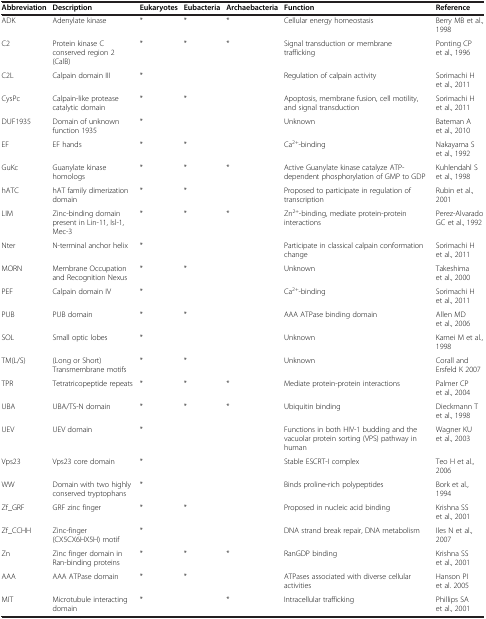
<table><thead><tr><td><b>Abbreviation</b></td><td><b>Description</b></td><td><b>Eukaryotes</b></td><td><b>Eubacteria</b></td><td><b>Archaebacteria</b></td><td><b>Function</b></td><td><b>Reference</b></td></tr></thead><tbody><tr><td>ADK</td><td>Adenylate kinase</td><td>*</td><td>*</td><td>*</td><td>Cellular energy homeostasis</td><td>Berry MB et al., 1998</td></tr><tr><td>C2</td><td>Protein kinase C conserved region 2 (CalB)</td><td>*</td><td>*</td><td>*</td><td>Signal transduction or membrane trafficking</td><td>Ponting CP et al., 1996</td></tr><tr><td>C2L</td><td>Calpain domain III</td><td>*</td><td> </td><td> </td><td>Regulation of calpain activity</td><td>Sorimachi H et al., 2011</td></tr><tr><td>CysPc</td><td>Calpain-like protease catalytic domain</td><td>*</td><td>*</td><td> </td><td>Apoptosis, membrane fusion, cell motility, and signal transduction</td><td>Sorimachi H et al., 2011</td></tr><tr><td>DUF1935</td><td>Domain of unknown function 1935</td><td>*</td><td> </td><td> </td><td>Unknown</td><td>Bateman A et al., 2010</td></tr><tr><td>EF</td><td>EF hands</td><td>*</td><td>*</td><td> </td><td>Ca<sup>2+</sup>-binding</td><td>Nakayama S et al., 1992</td></tr><tr><td>GuKc</td><td>Guanylate kinase homologs</td><td>*</td><td>*</td><td>*</td><td>Active Guanylate kinase catalyze ATP-dependent phosphorylation of GMP to GDP</td><td>Kuhlendahl S et al., 1998</td></tr><tr><td>hATC</td><td>hAT family dimerization domain</td><td>*</td><td>*</td><td> </td><td>Proposed to participate in regulation of transcription</td><td>Rubin et al., 2001</td></tr><tr><td>LIM</td><td>Zinc-binding domain present in Lin-11, Isl-1, Mec-3</td><td>*</td><td>*</td><td>*</td><td>Zn<sup>2+</sup>-binding, mediate protein-protein interactions</td><td>Perez-Alvarado GC et al., 1992</td></tr><tr><td>Nter</td><td>N-terminal anchor helix</td><td>*</td><td> </td><td> </td><td>Participate in classical calpain conformation change</td><td>Sorimachi H et al., 2011</td></tr><tr><td>MORN</td><td>Membrane Occupation and Recognition Nexus</td><td>*</td><td>*</td><td> </td><td>Unknown</td><td>Takeshima et al., 2000</td></tr><tr><td>PEF</td><td>Calpain domain IV</td><td>*</td><td> </td><td> </td><td>Ca<sup>2+</sup>-binding</td><td>Sorimachi H et al., 2011</td></tr><tr><td>PUB</td><td>PUB domain</td><td>*</td><td>*</td><td> </td><td>AAA ATPase binding domain</td><td>Allen MD et al., 2006</td></tr><tr><td>SOL</td><td>Small optic lobes</td><td>*</td><td> </td><td> </td><td>Unknown</td><td>Kamei M et al., 1998</td></tr><tr><td>TM(L/S)</td><td>(Long or Short) Transmembrane motifs</td><td>*</td><td>*</td><td> </td><td>Unknown</td><td>Corall and Ersfeld K 2007</td></tr><tr><td>TPR</td><td>Tetratricopeptide repeats</td><td>*</td><td>*</td><td>*</td><td>Mediate protein-protein interactions</td><td>Palmer CP et al., 2004</td></tr><tr><td>UBA</td><td>UBA/TS-N domain</td><td>*</td><td>*</td><td>*</td><td>Ubiquitin binding</td><td>Dieckmann T et al., 1998</td></tr><tr><td>UEV</td><td>UEV domain</td><td>*</td><td> </td><td> </td><td>Functions in both HIV-1 budding and the vacuolar protein sorting (VPS) pathway in human</td><td>Wagner KU et al., 2003</td></tr><tr><td>Vps23</td><td>Vps23 core domain</td><td>*</td><td> </td><td> </td><td>Stable ESCRT-I complex</td><td>Teo H et al., 2006</td></tr><tr><td>WW</td><td>Domain with two highly conserved tryptophans</td><td>*</td><td> </td><td> </td><td>Binds proline-rich polypeptides</td><td>Bork et al., 1994</td></tr><tr><td>Zf_GRF</td><td>GRF zinc finger</td><td>*</td><td>*</td><td> </td><td>Proposed in nucleic acid binding</td><td>Krishna SS et al., 2001</td></tr><tr><td>Zf_CCHH</td><td>Zinc-finger (CX5CX6HX5H) motif</td><td>*</td><td> </td><td> </td><td>DNA strand break repair, DNA metabolism</td><td>Iles N et al., 2007</td></tr><tr><td>Zn</td><td>Zinc finger domain in Ran-binding proteins</td><td>*</td><td>*</td><td>*</td><td>RanGDP binding</td><td>Krishna SS et al., 2001</td></tr><tr><td>AAA</td><td>AAA ATPase domain</td><td>*</td><td>*</td><td> </td><td>ATPases associated with diverse cellular activities</td><td>Hanson PI et al. 2005</td></tr><tr><td>MIT</td><td>Microtubule interacting domain</td><td>*</td><td> </td><td>*</td><td>Intracellular trafficking</td><td>Phillips SA et al., 2001</td></tr></tbody></table>